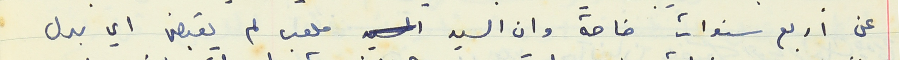
عن اربع سنوات خاصة وان السيد ملعب لم يقبض اي بدل